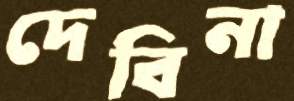
দেবিনা